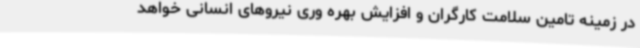
در زمینه تامین سلامت کارگران و افزایش بهره وری نیروهای انسانی خواهد